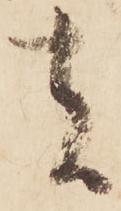
者